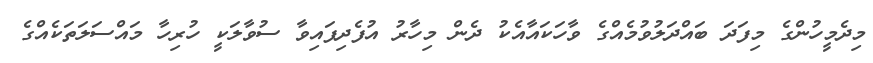
މިދެމީހުންގެ މިފަދަ ބައްދަލުވުމެއްގެ ވާހަކައާއެކު ދެން މިހާރު އުފެދިފައިވާ ސުވާލަކީ ހުރިހާ މައްސަލަތަކެއްގެ